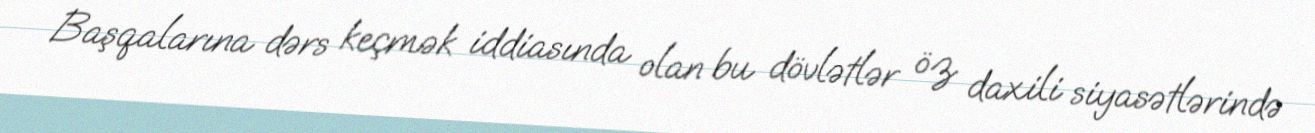
Başqalarına dərs keçmək iddiasında olan bu dövlətlər öz daxili siyasətlərində